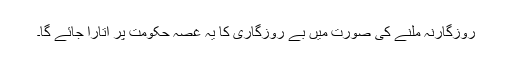
روزگارنہ ملنے کی صورت میں بے روزگاری کا یہ غصہ حکومت پر اتارا جائے گا۔